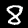
Label: 8